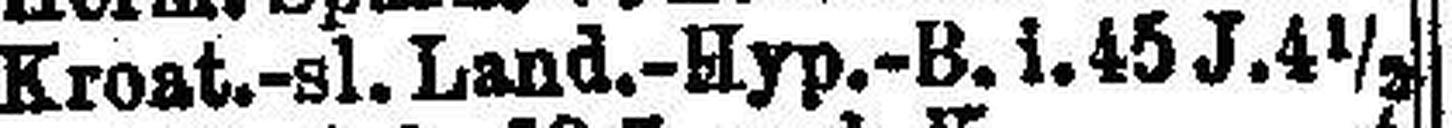
Kroat.-sl. Land.-Hyp.-B. i. 45 J. 4½